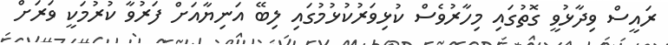
ރައީސް ވިދާޅުވީ ގޮތުގައި މިހާރުވެސް ކުޅިވަރުކުޅުމުގައި ލިބޭ އަނިޔާއަށް ފަރުވާ ކުރުމަކީ ވަރަށް